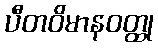
ပီတဝိမာနဝတ္ထု